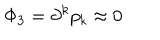
\Phi _ { 3 } = \partial ^ { k } p _ { k } \approx 0